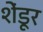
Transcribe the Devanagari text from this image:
शेंडूर